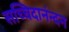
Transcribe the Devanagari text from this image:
सच्चिदानंन्दन